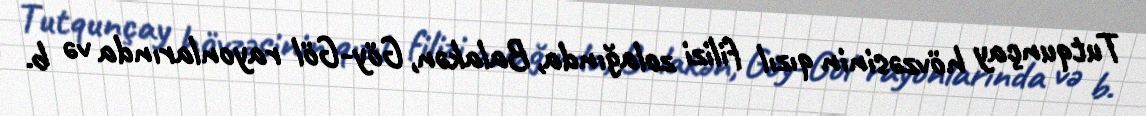
Tutqunçay hövzəsinin qızıl filizi zolağında, Balakən, Göy-Göl rayonlarında və b.